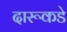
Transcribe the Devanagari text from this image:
दारूकडे